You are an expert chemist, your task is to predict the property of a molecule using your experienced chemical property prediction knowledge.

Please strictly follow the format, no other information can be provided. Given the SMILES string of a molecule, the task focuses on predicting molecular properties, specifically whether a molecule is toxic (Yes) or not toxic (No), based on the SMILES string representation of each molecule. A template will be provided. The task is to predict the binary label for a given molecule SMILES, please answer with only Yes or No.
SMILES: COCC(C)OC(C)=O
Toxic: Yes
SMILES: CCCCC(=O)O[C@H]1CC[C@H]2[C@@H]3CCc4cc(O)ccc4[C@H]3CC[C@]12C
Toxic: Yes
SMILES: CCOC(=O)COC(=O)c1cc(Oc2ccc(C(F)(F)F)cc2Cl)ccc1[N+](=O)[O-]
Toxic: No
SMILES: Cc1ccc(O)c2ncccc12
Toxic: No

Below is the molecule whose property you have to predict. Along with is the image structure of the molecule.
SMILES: CNCc1ccc(NC(=O)c2c[nH]c3c2C(=O)CCC3)cc1
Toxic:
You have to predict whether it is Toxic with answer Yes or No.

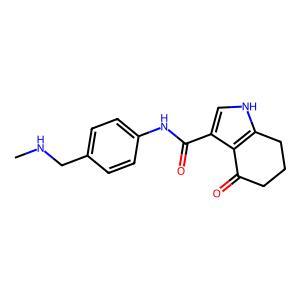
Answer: No